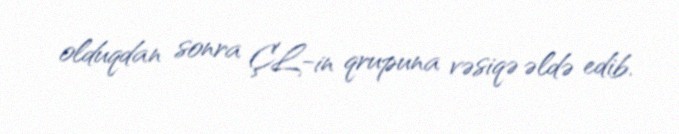
olduqdan sonra ÇL-in qrupuna vəsiqə əldə edib.